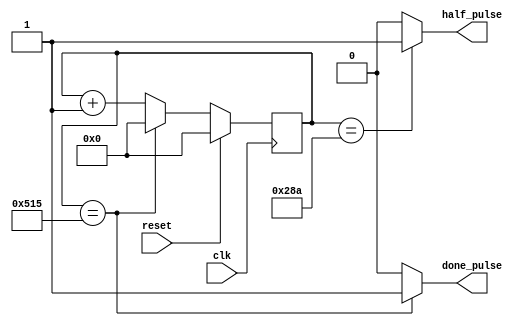
module baud_done (clk, reset, half_pulse, done_pulse);
input clk;
input reset;
output half_pulse;
output done_pulse;
//baud counter with clk, reset inputs 
//two pulses half_pulse and done_pulse signal as outputs

//assign the variables to hold the two ouput signals
//assign the variables to hold the present and next count values
reg half_pulse;
reg done_pulse;
reg [11:0] n_count, p_count;

//Set the parameter 50M/Baud_rate(38400) to count to
//Set the parameter of half baud to count to
parameter half_baud = 12'd650;
parameter my_baud = 12'd1301;

//The sequential code to synthesise the latches
always @(posedge clk)
	begin
		if (reset)
			//clear
			p_count <= 0;	
		else
			p_count <= n_count;
	end
	
//The combinational code to perform the baud counter it required
always @(p_count)
  begin
		//specify the defaults
		done_pulse = 1'b0;
		half_pulse = 1'b0;
		n_count = p_count;
		
		//Condition for half_baud
		if(p_count == half_baud)
				half_pulse = 1'b1;
		else
				n_count=p_count+1'b1;
				
		//Condition for baud
		if(p_count == my_baud)
			begin
				done_pulse = 1'b1;
				n_count = 12'b0;
			end
		else
			n_count=p_count+1'b1;
  end
endmodule